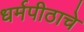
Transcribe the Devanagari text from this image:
धर्मपीठाचे